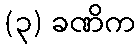
(၃) ခဏိက